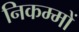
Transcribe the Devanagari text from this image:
निकम्मों